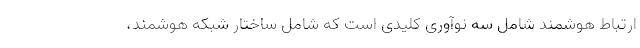
ارتباط هوشمند شامل سه نوآوری کلیدی است که شامل ساختار شبکه هوشمند،